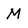
Character: M